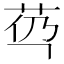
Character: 𰰯